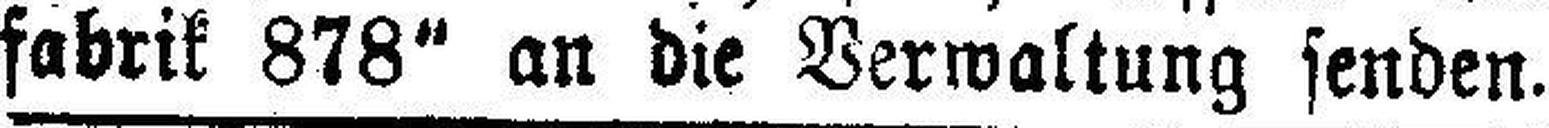
fabrik 878“ an die Verwaltung senden.